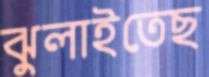
ঝুলাইতেছ